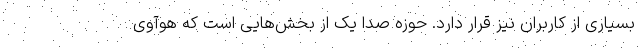
بسیاری از کاربران نیز قرار دارد. حوزه صدا یک از بخش‌هایی است که هوآوی